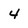
Character: 4